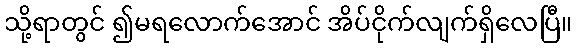
သို့ရာတွင် ၍မရလောက်အောင် အိပ်ငိုက်လျက်ရှိလေပြီ။